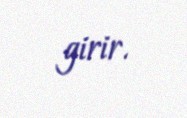
girir.